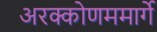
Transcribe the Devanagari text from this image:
अरक्कोणममार्गे